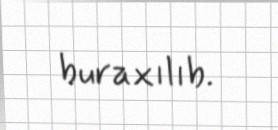
buraxılıb.